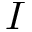
I